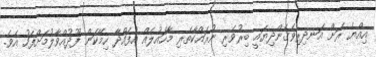
އިއްޔެ ރަށް އަނދިރިވެގެންދިޔައީ ބިރުވެރި ނުރައްކާތެރި މާހައުލެއް އުފައްދާ ހިމޭކަން ފޫދުއްވާލުމަށްފަހު އެވެ.